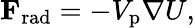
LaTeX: \mathbf{F}_{\mathrm{rad}}=-V_{\mathrm{p}}\nabla U,